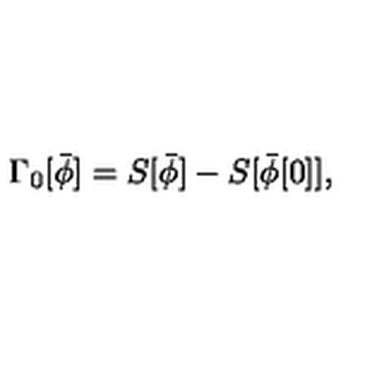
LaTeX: \Gamma _ { 0 } [ \bar { \phi } ] = S [ \bar { \phi } ] - S [ \bar { \phi } [ 0 ] ] ,